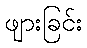
ဖျားခြင်း